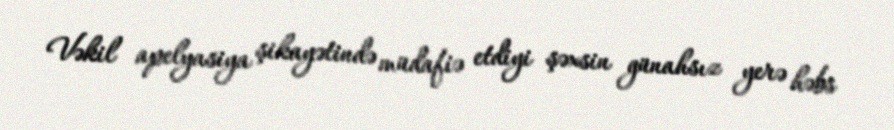
Vəkil apelyasiya şikayətində müdafiə etdiyi şəxsin günahsız yerə həbs